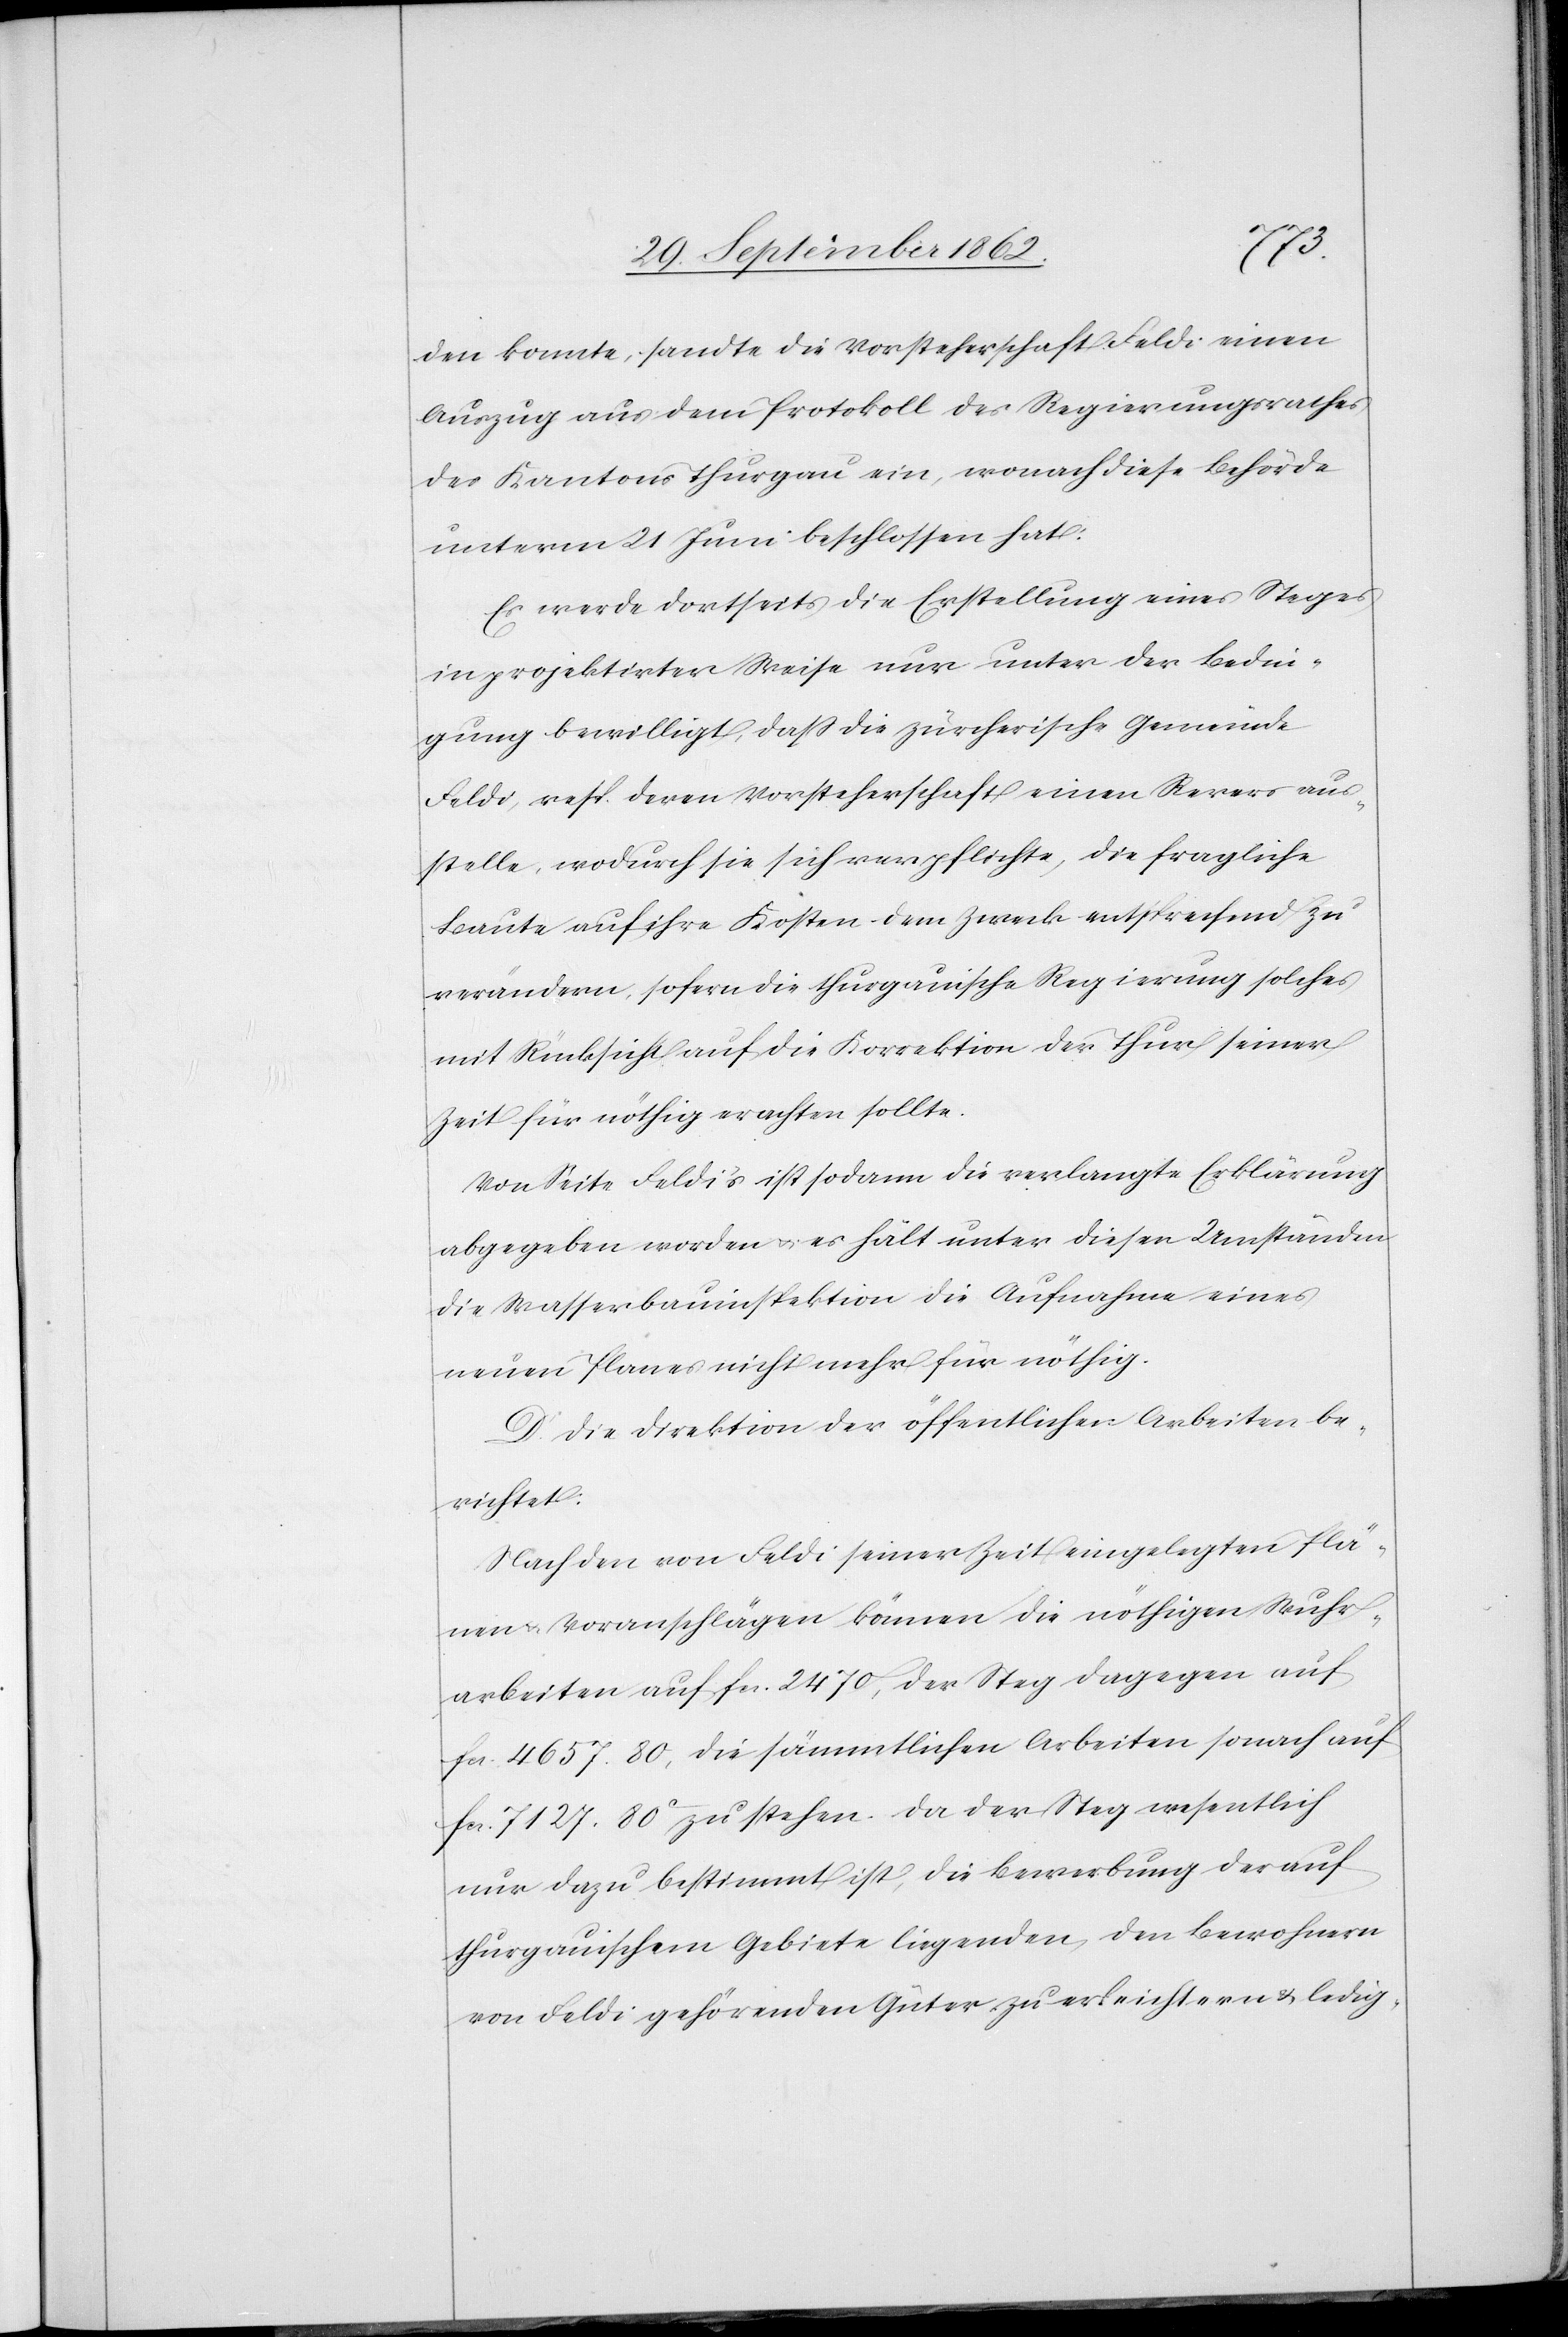
den konnte, sandte die Vorsteherschaft Feldi einen
Auszug aus dem Protokoll des Regierungsrathes
des Kantons Thurgau ein, wonach diese Behörde
unterm 21. Juni beschlossen hat:
Es werde dortseits die Erstellung eines Steges
in projektirter Weise nur unter der Bedin¬
gung bewilligt, daß die zürcherische Gemeinde
Feldi, resp. deren Vorsteherschaft einen Revers aus¬
stelle, wodurch sie sich verpflichte, die fragliche
Baute auf ihre Kosten dem Zweck entsprechend zu
verändern, sofern die thurgauische Regierung solches
mit Rücksicht auf die Korrektion der Thur seiner
Zeit für nöthig erachten sollte.
Von Seite Feldi’s ist sodann die verlangte Erklärung
abgegeben worden u. es hält unter diesen Umständen
die Wasserbauinspektion die Aufnahme eines
neuen Planes nicht mehr für nöthig.
D. Die Direktion der öffentlichen Arbeiten be¬
richtet:
Nach den von Feldi seiner Zeit eingelegten Plä¬
nen u. Voranschlägen kämen die nöthigen Wuhr¬
arbeiten auf fcs. 2470, der Steg dagegen auf
fcs. 4657. 80, die sämmtlichen Arbeiten sonach auf
fcs. 7127 80C zustehen. Da der Steg wesentlich
nur dazu bestimmt ist, die Bewerbung der auf
thurgauischem Gebiete liegenden, den Bewohnern
von Feldi gehörenden Güter zu erleichtern u. ledig-